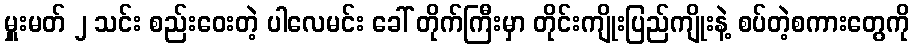
မှူးမတ် ၂ သင်း စည်းဝေးတဲ့ ပါလေမင်း ခေါ် တိုက်ကြီးမှာ တိုင်းကျိုးပြည်ကျိုးနဲ့ စပ်တဲ့စကားတွေကို